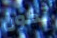
تكون